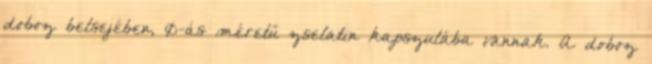
doboz belsejében, 0-ás méretű zselatin kapszulába vannak. A doboz